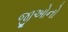
જીઓનો